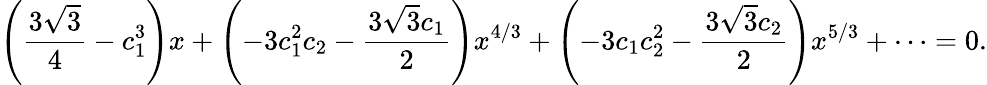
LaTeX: \left(\frac{3\sqrt{3}}{4}-c_{1}^{3}\right)x+\left(-3c_{1}^{2}c_{2}-\frac{3\sqrt{3}c_{1}}{2}\right)x^{4/3}+\left(-3c_{1}c_{2}^{2}-\frac{3\sqrt{3}c_{2}}{2}\right)x^{5/3}+\cdots=0.